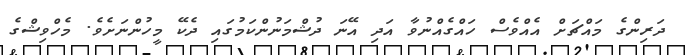
ދަރިންގެ މައްޗަށް އެއްވެސް ހައްގެއްނުވާ އަދި އޭނަ ދުޝްމަނުންކަމުގައި ދެކޭ މީހުންނަށެވެ. މެހްވިޝްގެ